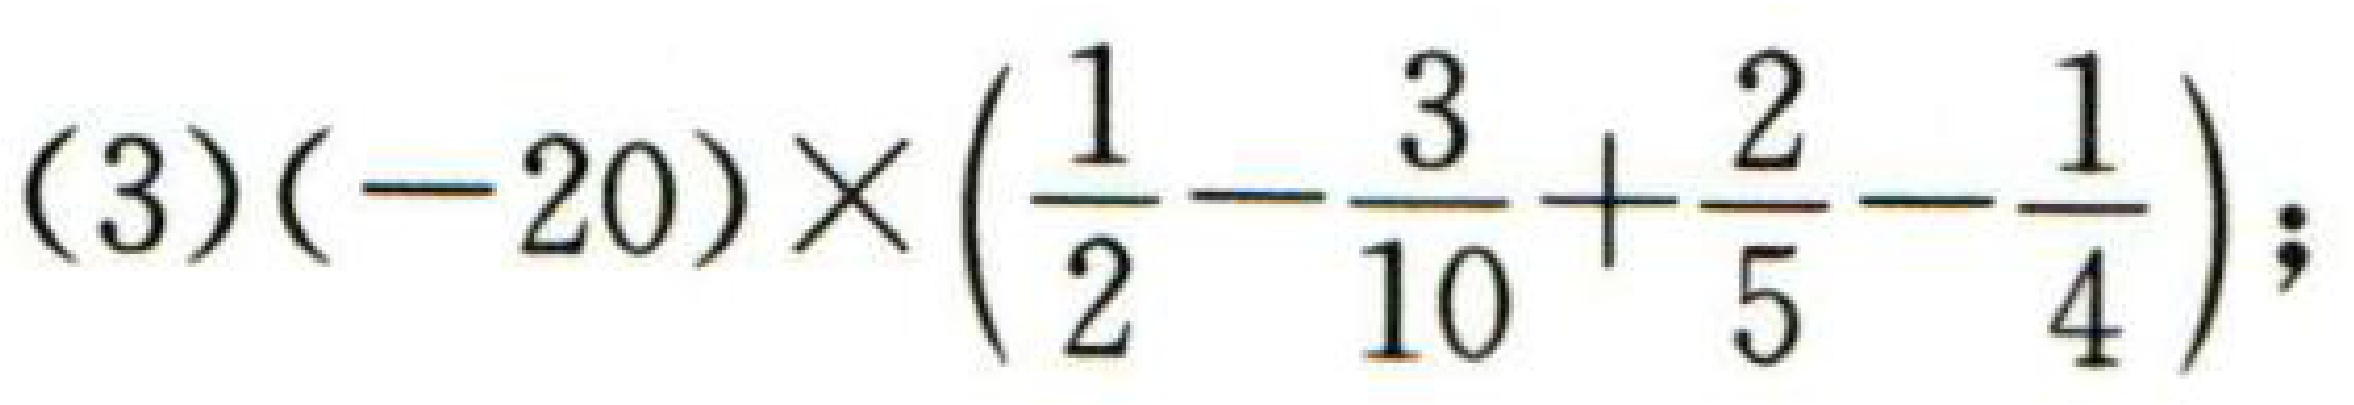
(3)\((-20)\times\left(\dfrac{1}{2}-\dfrac{3}{10}+\dfrac{2}{5}-\dfrac{1}{4}\right);\)